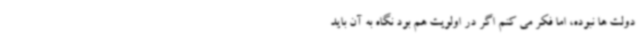
دولت ها نبوده، اما فکر می کنم اگر در اولویت هم بود نگاه به آن باید